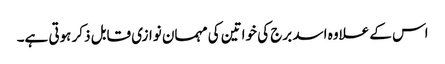
اس کے علاوہ اسد برج کی خواتین کی مہمان نوازی قابل ذکر ہوتی ہے۔